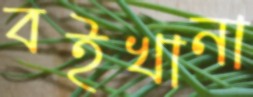
বইখানা